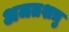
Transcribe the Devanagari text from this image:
अजतशत्रु